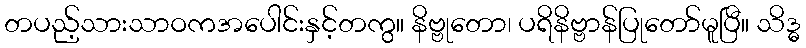
တပည့်သားသာဝကအပေါင်းနှင့်တကွ။ နိဗ္ဗုတော၊ ပရိနိဗ္ဗာန်ပြုတော်မူပြီ။ သိဒ္ဓ